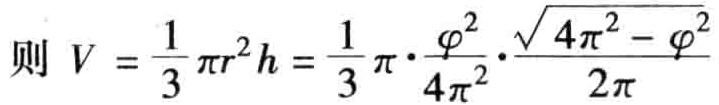
则 \(V = \frac{1}{3} \pi r^{2}h = \frac{1}{3} \pi \cdot \frac{\varphi^{2}}{4\pi^{2}} \cdot \frac{\sqrt{4\pi^{2} - \varphi^{2}}}{2\pi}\)